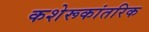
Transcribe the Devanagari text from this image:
कशेरूकांतरिक